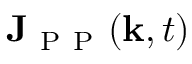
\mathbf { J } _ { \mathrm { ~ P ~ P ~ } } ( \mathbf { k } , t )